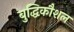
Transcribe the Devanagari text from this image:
बुद्धिकौशल